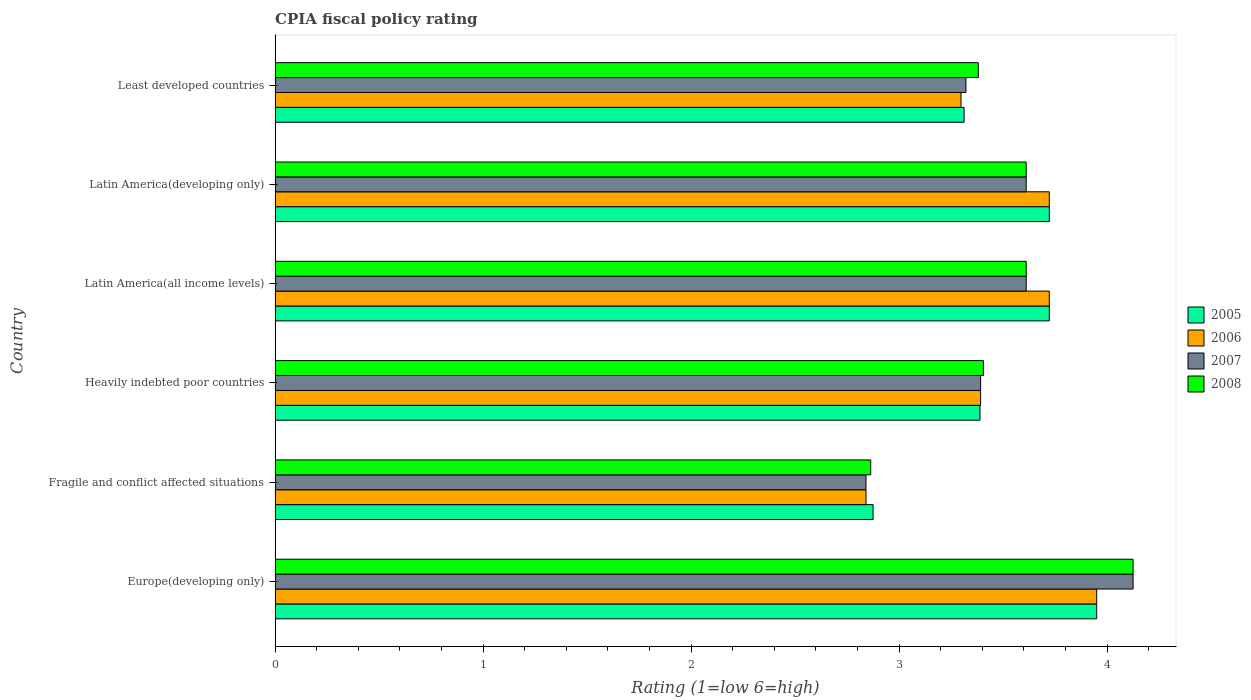
| Country | 2005 | 2006 | 2007 | 2008 |
 | --- | --- | --- | --- | --- |
 | Europe(developing only) | 3.95 | 3.95 | 4.12 | 4.12 |
 | Fragile and conflict affected situations | 2.88 | 2.84 | 2.84 | 2.86 |
 | Heavily indebted poor countries | 3.39 | 3.39 | 3.39 | 3.41 |
 | Latin America(all income levels) | 3.72 | 3.72 | 3.61 | 3.61 |
 | Latin America(developing only) | 3.72 | 3.72 | 3.61 | 3.61 |
 | Least developed countries | 3.31 | 3.3 | 3.32 | 3.38 |